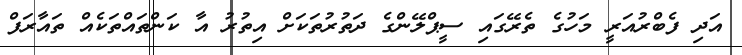
އަދި ފެބްރުއަރީ މަހުގެ ތެރޭގައި ސީޕްލޭންގެ ދަތުރުތަކަށް އިތުރު އާ ކަންތައްތަކެއް ތައާރަފް